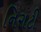
નિરાટી